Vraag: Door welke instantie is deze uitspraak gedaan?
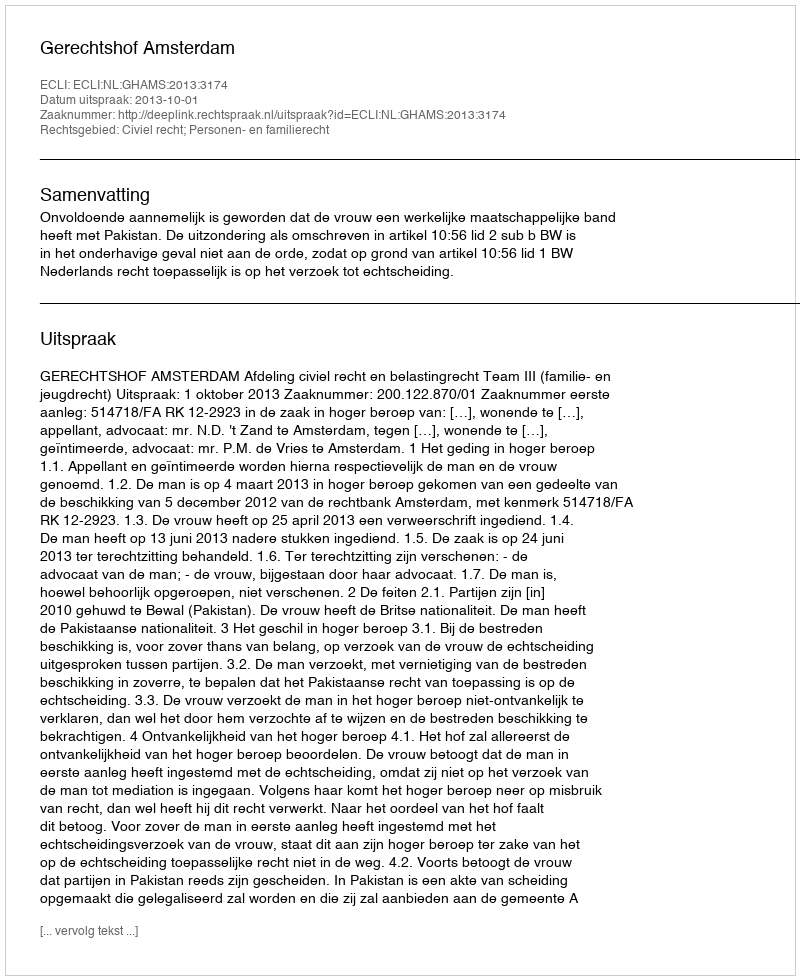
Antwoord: Gerechtshof Amsterdam